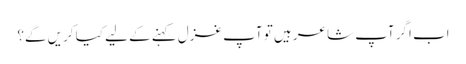
اب اگر آپ شاعر ہیں تو آپ غزل کہنے کے لیے کیا کریں گے؟